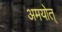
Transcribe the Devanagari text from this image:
अमयोत्